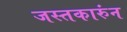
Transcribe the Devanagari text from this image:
जस्तकारुंन